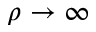
\rho \rightarrow \infty